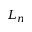
L _ { n }